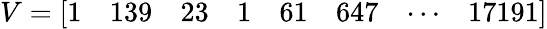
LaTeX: V={\left[\begin{array}{llllllll}{1}&{139}&{23}&{1}&{61}&{647}&{\cdots}&{17191}\end{array}\right]}